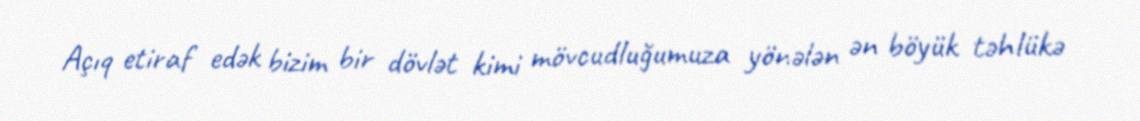
Açıq etiraf edək bizim bir dövlət kimi mövcudluğumuza yönələn ən böyük təhlükə